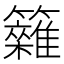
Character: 𥷩